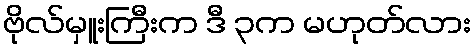
ဗိုလ်မှူးကြီးက ဒီ ၃က မဟုတ်လား